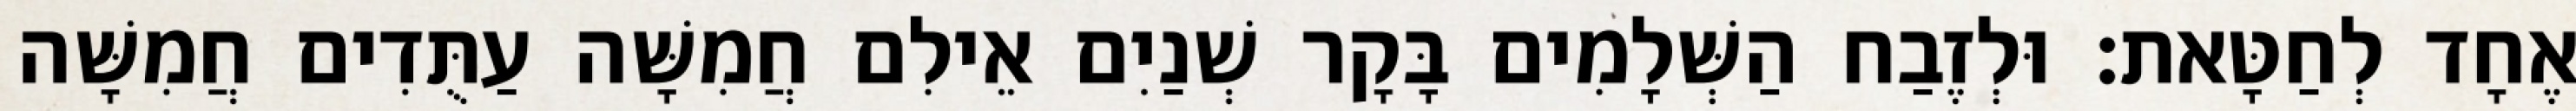
אֶחָד לְחַטָּאת׃ וּלְזֶבַח הַשְּׁלָמִים בָּקָר שְׁנַיִם אֵילִם חֲמִשָּׁה עַתֻּדִים חֲמִשָּׁה